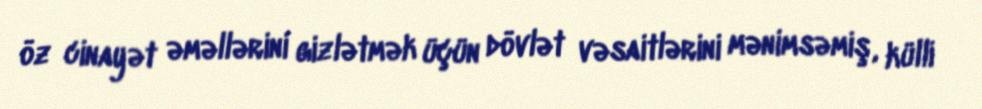
öz cinayət əməllərini gizlətmək üçün dövlət vəsaitlərini mənimsəmiş, külli